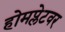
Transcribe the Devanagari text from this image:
होमप्लेटवर